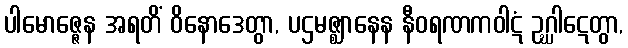
ပါမောဇ္ဇေန အရတိံ ဝိနောဒေတွာ, ပဌမဇ္ဈာနေန နီဝရဏကဝါဋံ ဥဂ္ဃါဋေတွာ,